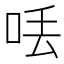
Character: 𠲍